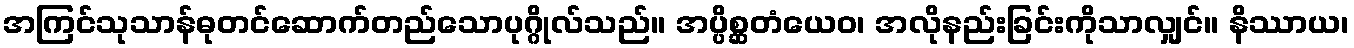
အကြင်သုသာန်ဓုတင်ဆောက်တည်သောပုဂ္ဂိုလ်သည်။ အပ္ပိစ္ဆတံယေဝ၊ အလိုနည်းခြင်းကိုသာလျှင်။ နိဿာယ၊